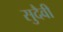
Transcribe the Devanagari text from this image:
सुदैवी